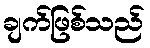
ချက်ဖြစ်သည်